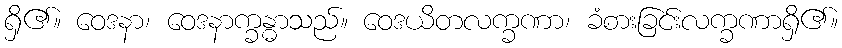
ရှိ၏။ ဝေဒနာ၊ ဝေဒနာက္ခန္ဓာသည်။ ဝေဒယိတလက္ခဏာ၊ ခံစားခြင်းလက္ခဏာရှိ၏။